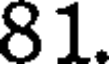
81.